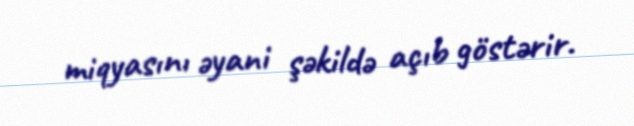
miqyasını əyani şəkildə açıb göstərir.